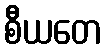
စီယတေ